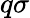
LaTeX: q\sigma